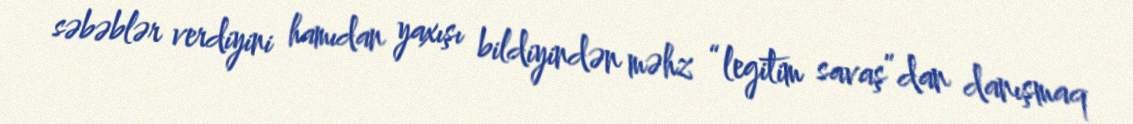
səbəblər verdiyini hamıdan yaxışı bildiyindən məhz “legitim savaş”dan danışmaq